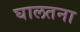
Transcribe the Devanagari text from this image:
घालतना